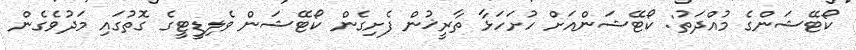
ކޯޓޭޝަންގެ މުއްދަތު: ކޯޓޭޝަންއަށް ހުށަހަޅާ ތާރީޚުން ފެށިގެން ކޯޓޭޝަން ވެލިޑީޓީގެ ގޮތުގައި މަދުވެގެން